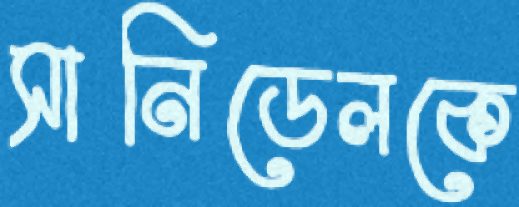
সানিডেলকে